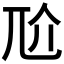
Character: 𡯓